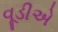
વૂડીએ